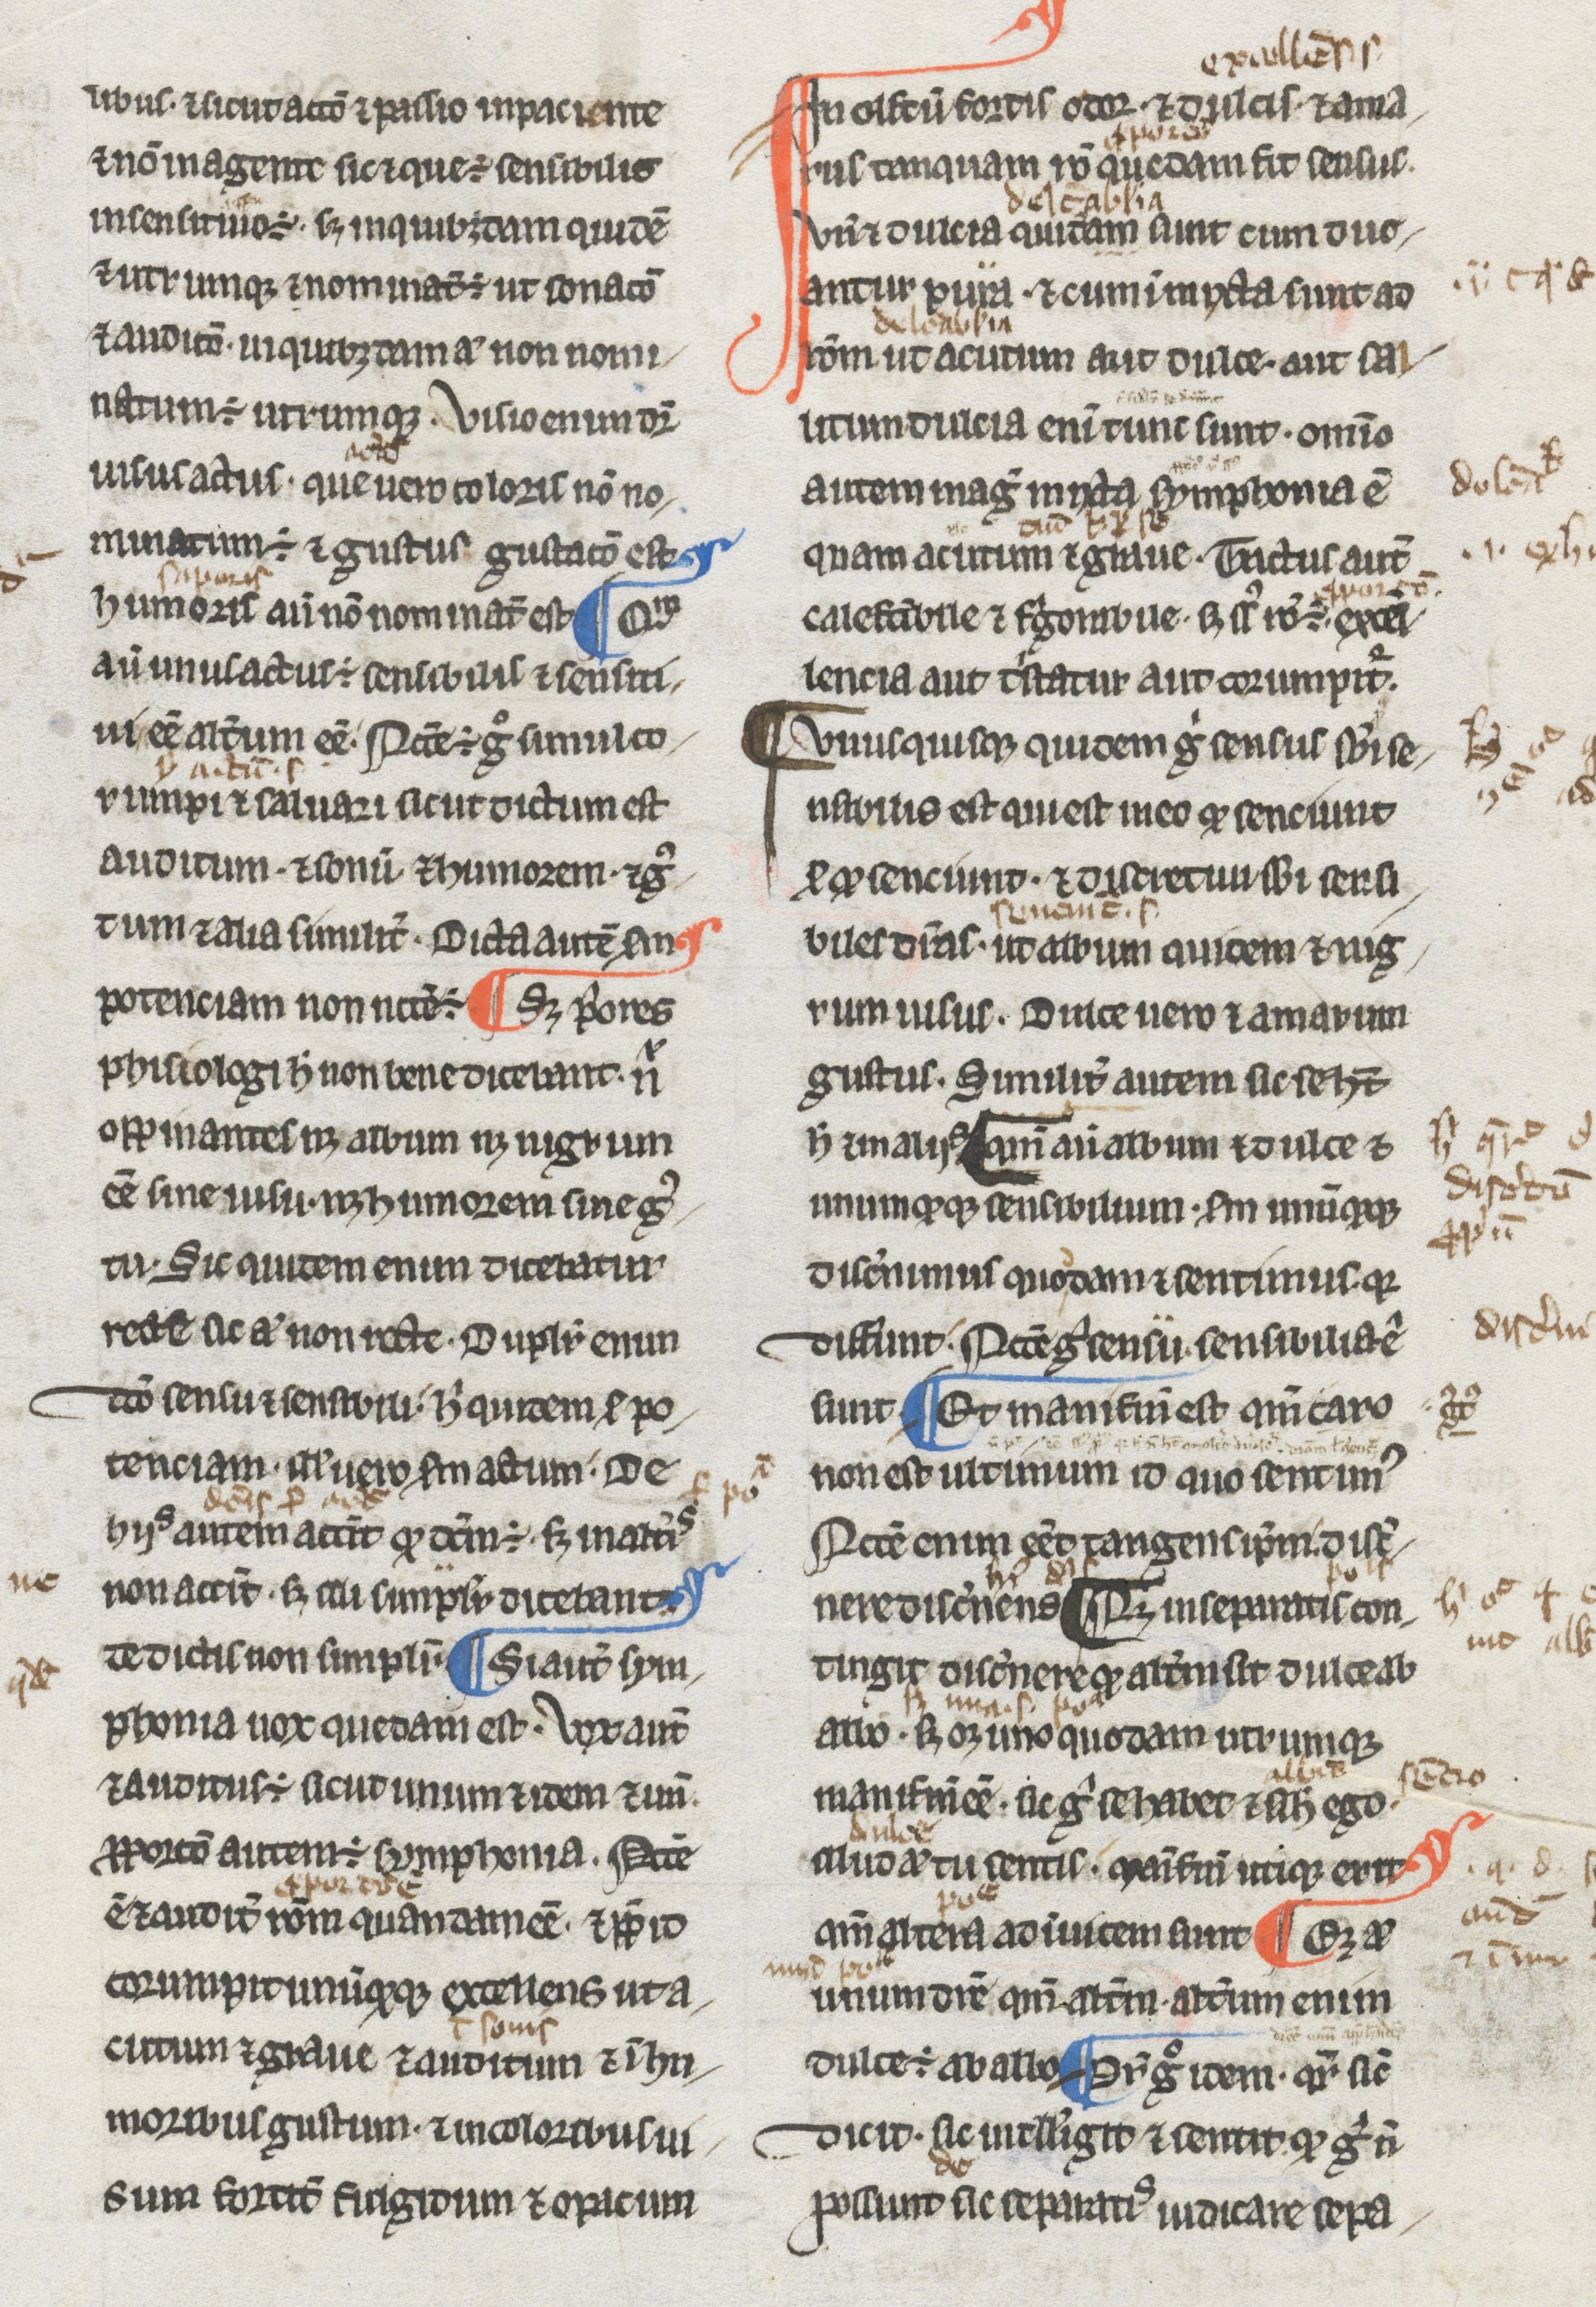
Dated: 1275–1299